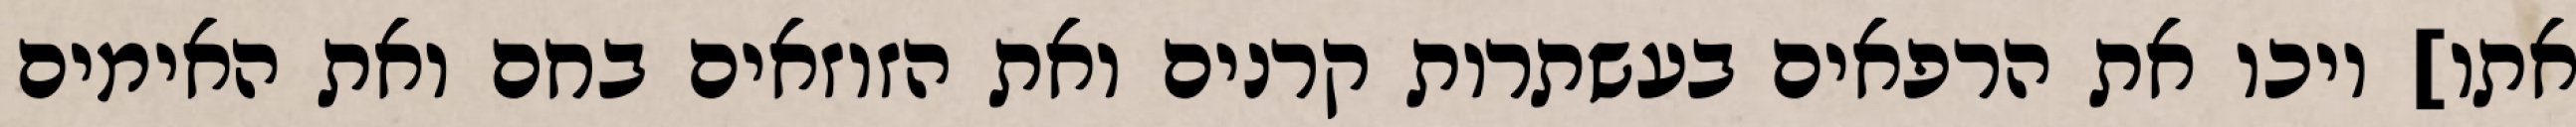
אתו] ויכו את הרפאים בעשתרות קרנים ואת הזוזאים בחם ואת האימים